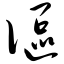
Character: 伛